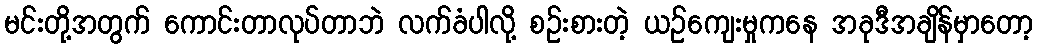
မင်းတို့အတွက် ကောင်းတာလုပ်တာဘဲ လက်ခံပါလို့ စဉ်းစားတဲ့ ယဉ်ကျေးမှုကနေ အခုဒီအချိန်မှာတော့